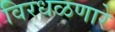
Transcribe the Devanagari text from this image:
विरधळणारे